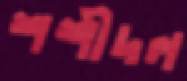
শশীদল